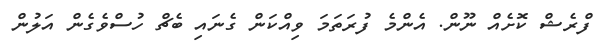
ފްރެޝް ކޮށެއް ނޫން. އެންމެ ފުރަތަމަ ވިއްކަން ގެނައި ބެޗް ހުސްވެގެން އަލުން